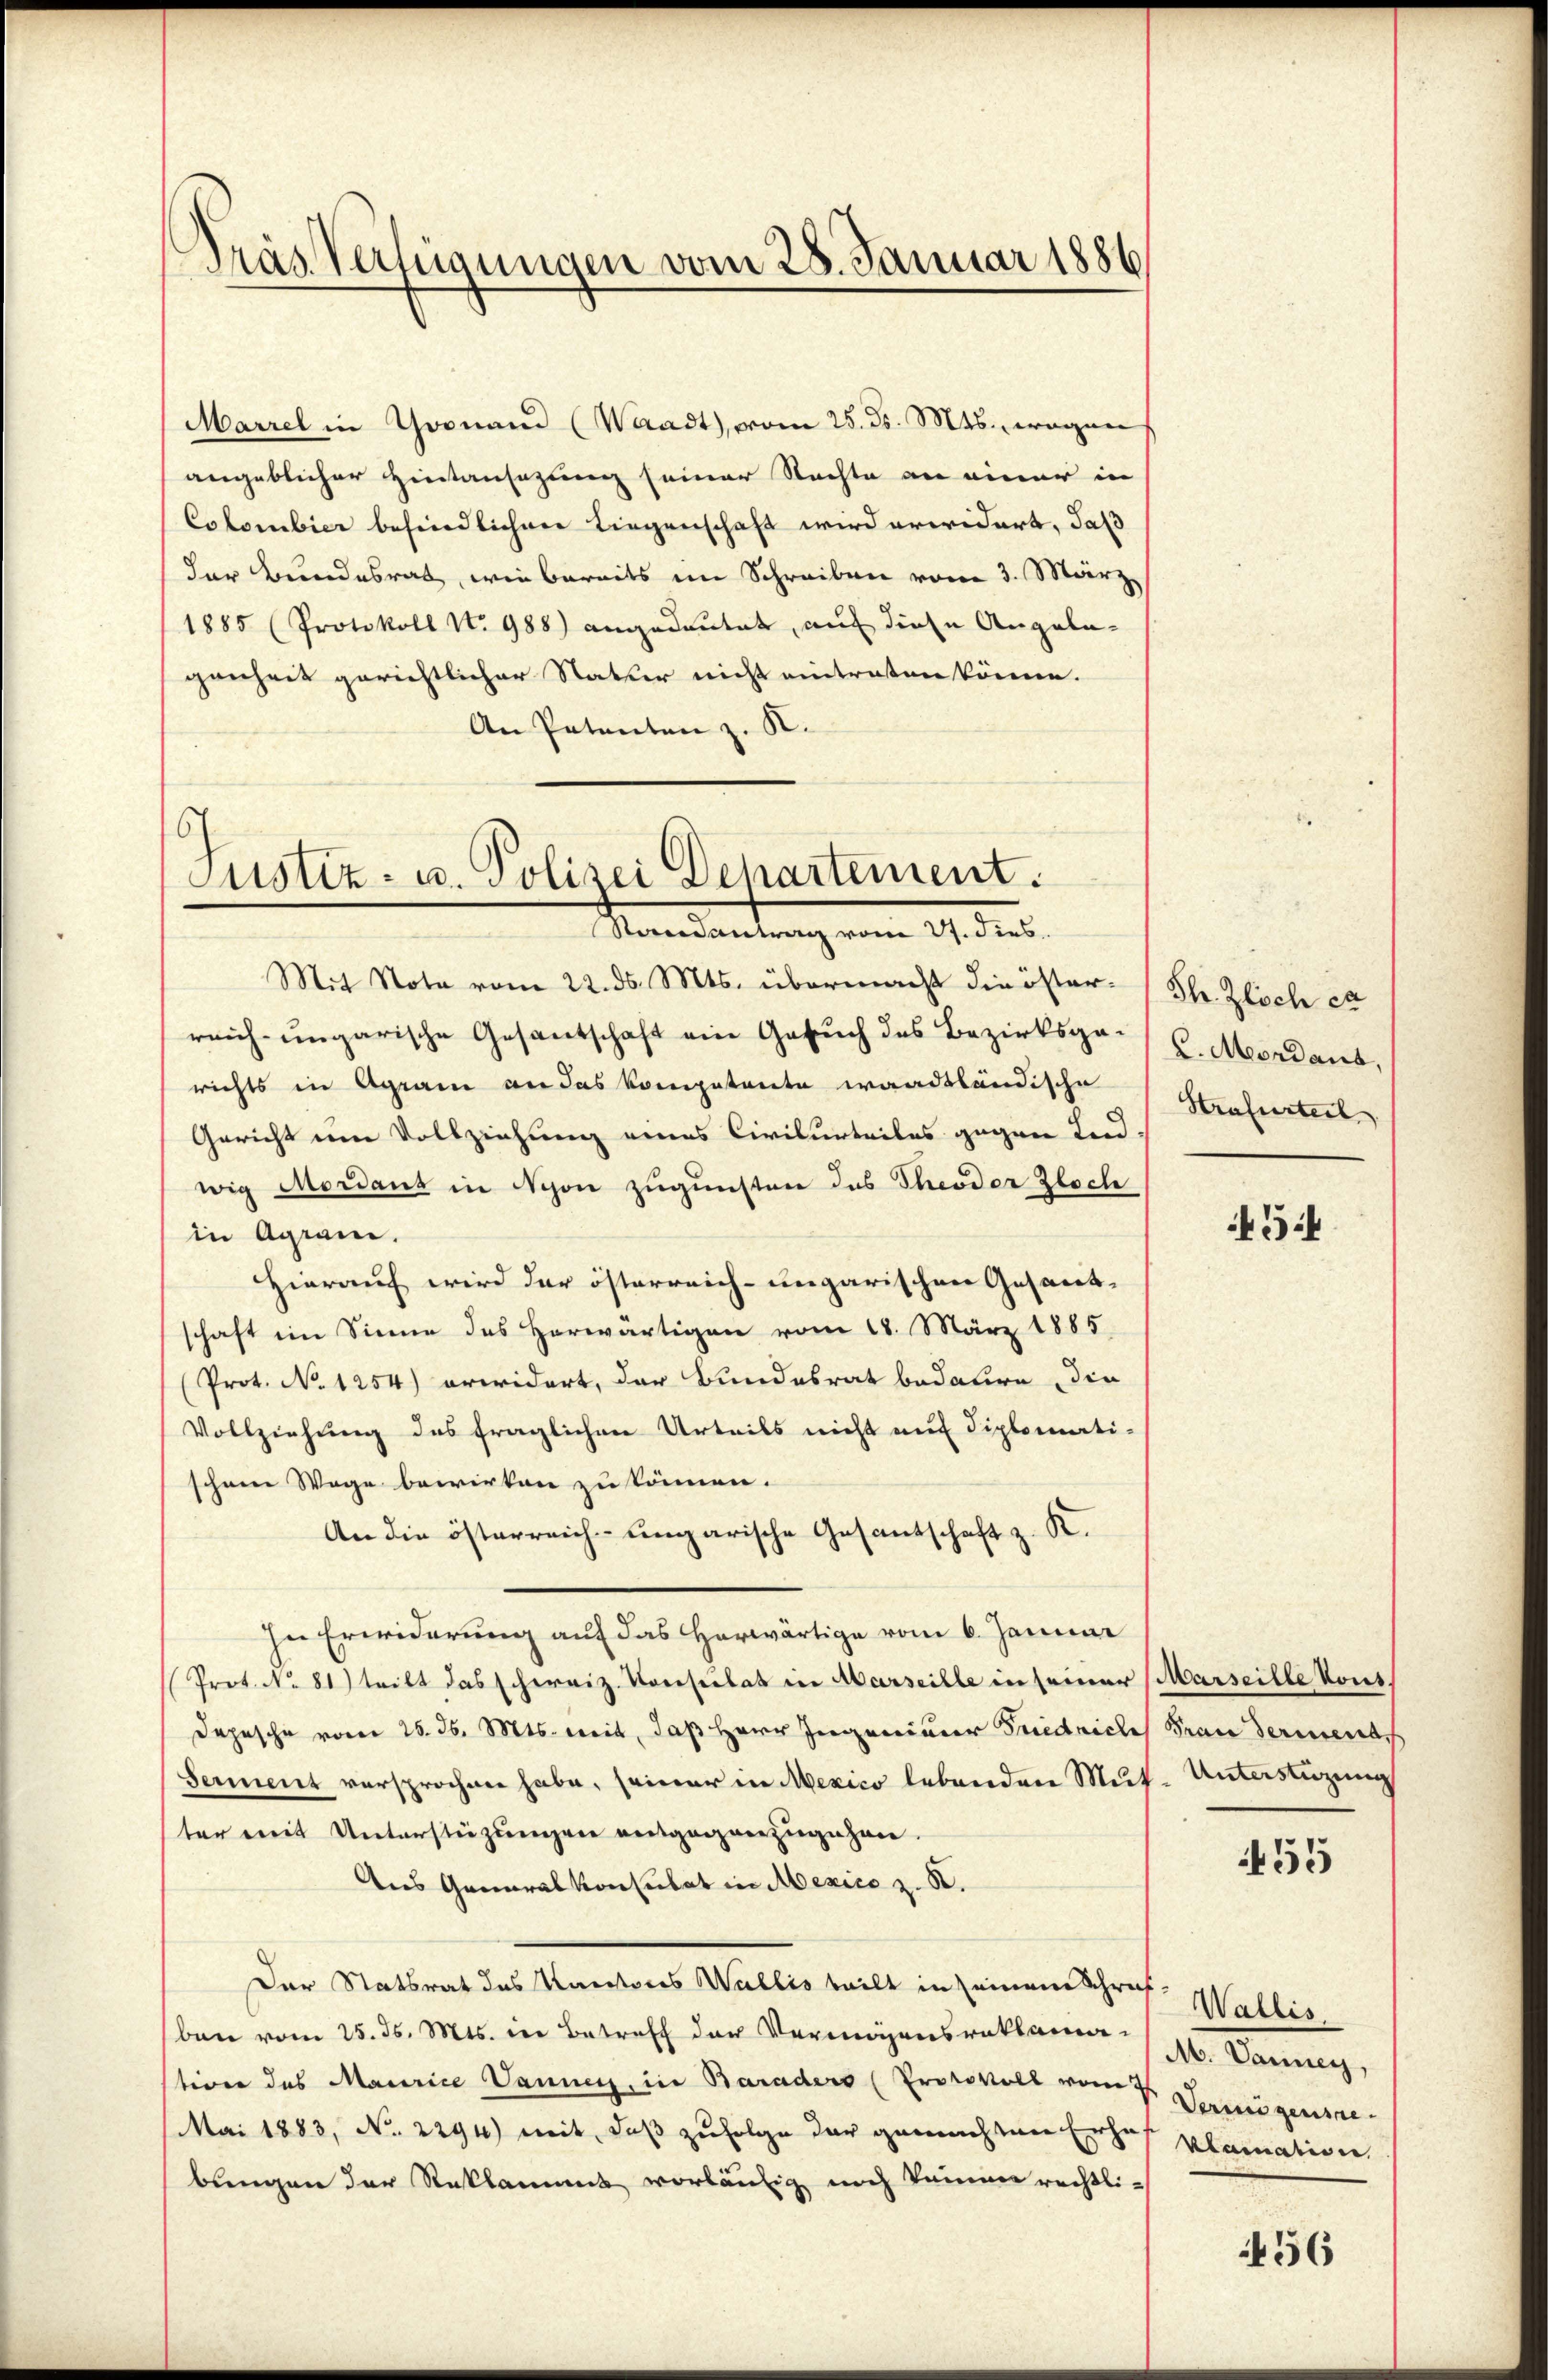
Dräs. Verfügungen vom 28. Januar 1886

Marzel in Goonand (Waadt, vom 25. ds. Mts., wegen
angeblicher Hintansezung seiner Nachte an einer in
Colombier befindlichen Liegenschaft wird erwidert, daß
der Bundesrat, wie bereits im Schreiben vom 3. März
1885 (Protokoll No 988) angedeutet, auf diese Angela-
genheit gerichtlicher Natur nicht eintraten könne.
An Patenten z. K.

Justiz- u. Polizei Departement.
Randantrag vom 27. dies

Mit Note vom 22. ds. Mts. übermacht die öster. (Th. Zlich et
reich-ungarische Gesantschaft ein Gesuch des Bezirksge- u. Mordans,
richts in Agram an das kompetente waadtländische Strafurteil
Gericht um Vollziehung eines Civilurteiles gegen un-
wig Mordans in Schon zugunsten das Theoder Zloch
in Agram.
Hierauf wird der österreich-ungarischen Gesandschaft im Sinne des herwärtigen vom 18. März 1885
(Prot. No. 1254) erwidert, der Bundesrat bedaure, die
Vollziehung des fraglichen Urteils nicht auf diplomati-
schöne Wege bewirken zu können.
An die österreich-ungarische Gesandschaft z. K.
In Erwiderung auf das herwärtige vom 6. Januar
Prot. No 81) teilt das schweiz. Konsulat in Marseille in seiner (Marseille Kons.
Depesche vom 25. d. Mts. weit, daß Herr Ingenieur Friedriche Frau Seriente
Sement versprochen habe, seiner in Mexico lebenden Mut
ter mit Unterstüzungen entgegenzugehen.
Aus Generalkonsulat in Mexico z. B.
Der Statsrat des Kantons Wallis teilt in seinem Schrif Wallis,
ben vom 25. ds. Mts. der Betreff der Vermögensreklamastiren des Maurice Vaunerz, in Baraders (Protokoll vom 7. Vermögensre
Mai 1883, No. 2294) mit, daß zufolge der gemachten Erhof plamation.
bungen der Reklamms vorläufig noch keinen rechtli-

54

Unterstüzung

455

de Commung,

456